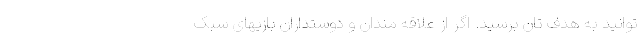
توانید به هدف تان برسید. اگر از علاقه مندان و دوستداران بازیهای سبک